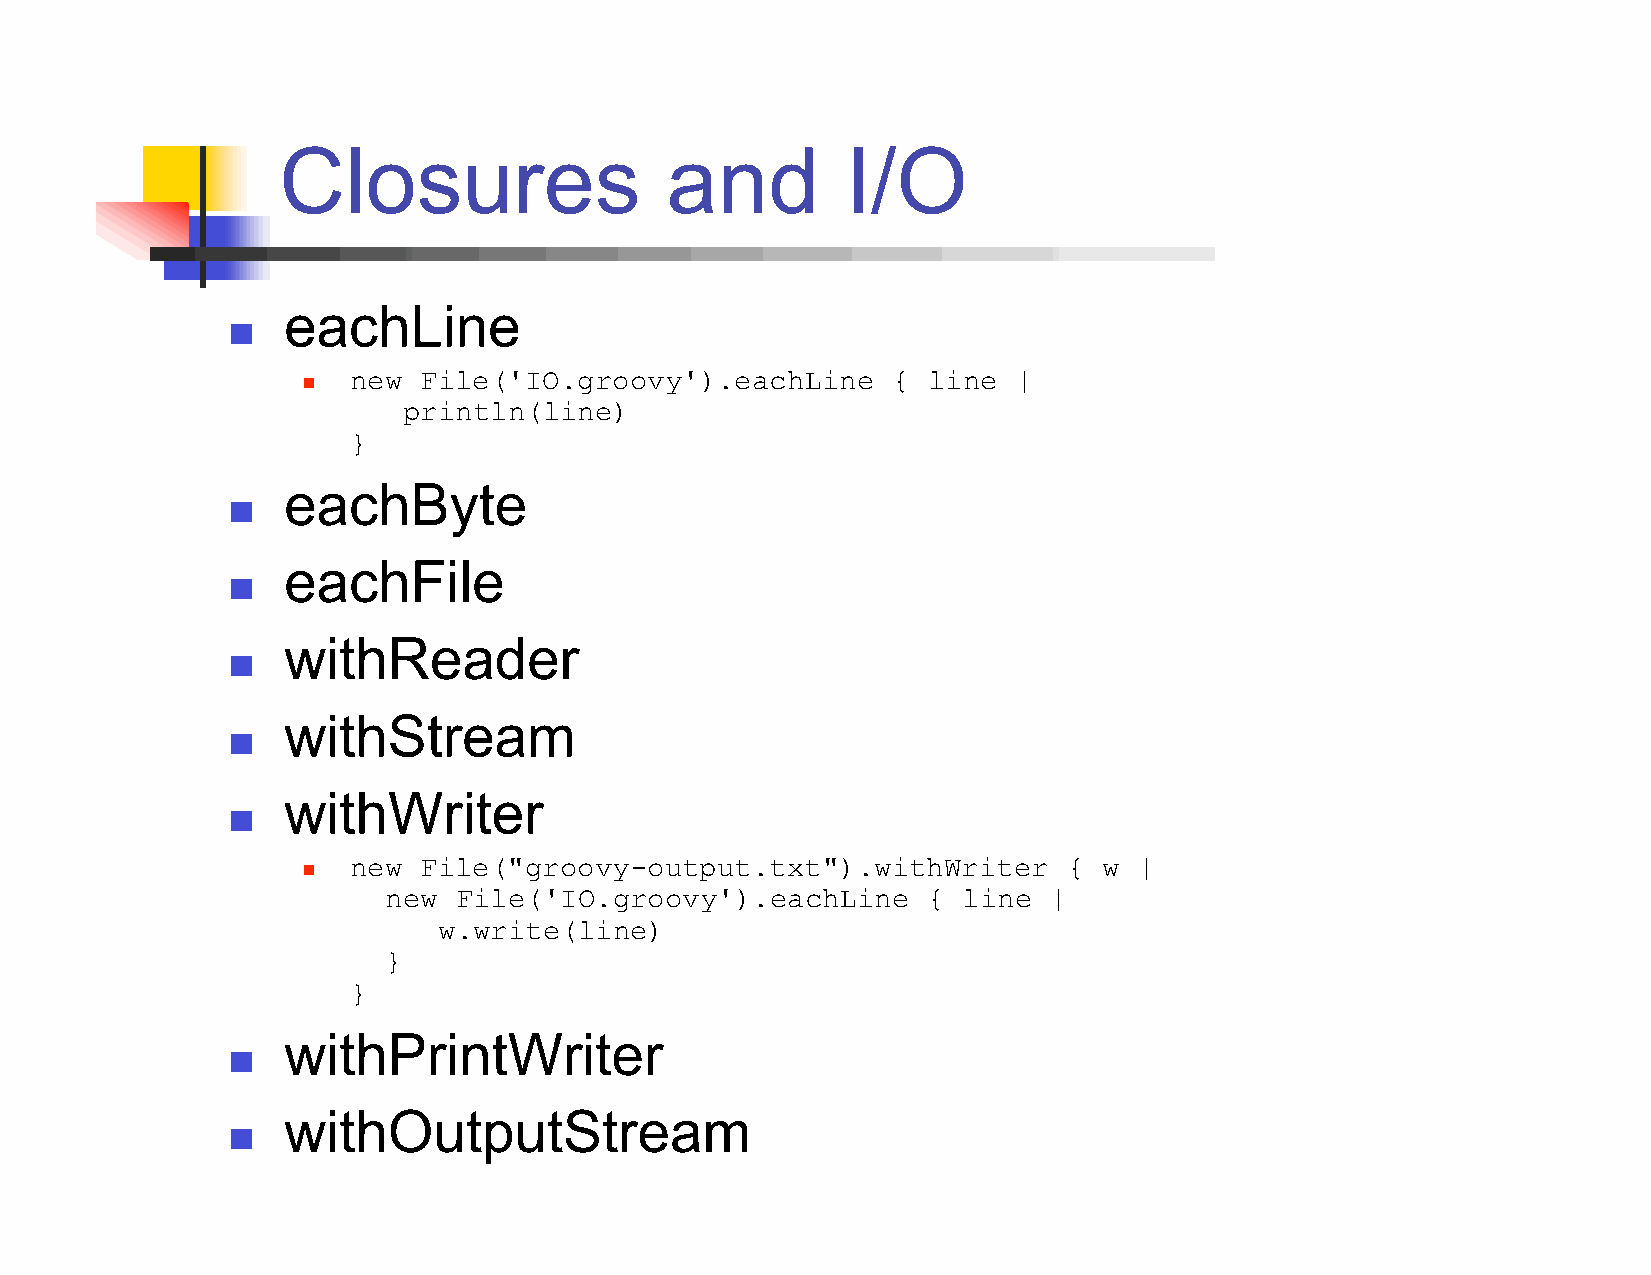
Closures                  and         I/O
 eachLine
 
 new  File('IO.groovy').eachLine     { line  |
 
 println(line)
 }
 eachByte
 
 eachFile
 
 withReader
 
 withStream
 
 withWriter
 
 new  File("groovy-output.txt").withWriter       { w |
 
 new  File('IO.groovy').eachLine     {  line |
 w.write(line)
 }
 }
 withPrintWriter
 
 withOutputStream
 